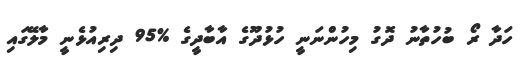
ހަދާ ރޯ ބުހުތާނު ދޮގު މިހުންނަނީ ހުޅުދޫގެ އާބާދީގެ %95 ދިރިއުޅެނީ މާލޭގައި